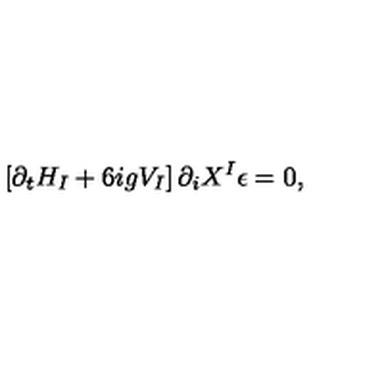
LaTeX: \left[ \partial _ { t } H _ { I } + 6 i g V _ { I } \right] \partial _ { i } X ^ { I } \epsilon = 0 ,